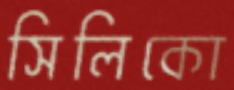
সিলিকো